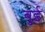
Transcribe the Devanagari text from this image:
बुई